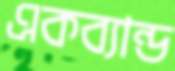
একব্যান্ড